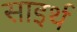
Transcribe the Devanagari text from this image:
साइर्थ